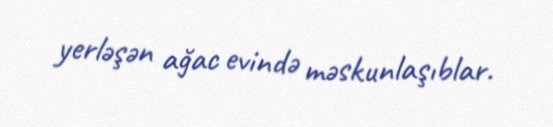
yerləşən ağac evində məskunlaşıblar.